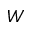
W